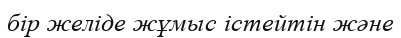
бір желіде жұмыс істейтін және